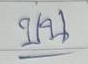
บน